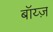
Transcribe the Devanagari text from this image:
बॉय्ज़